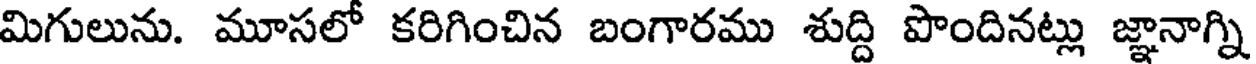
మిగులును. మూసలో కరిగించిన బంగారము శుద్ది పొందినట్లు జ్ఞానాగ్ని